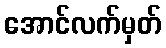
အောင်လက်မှတ်